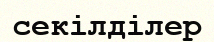
секілділер